Document type: Sale
Year: 1451
Scribe: [Unknown]
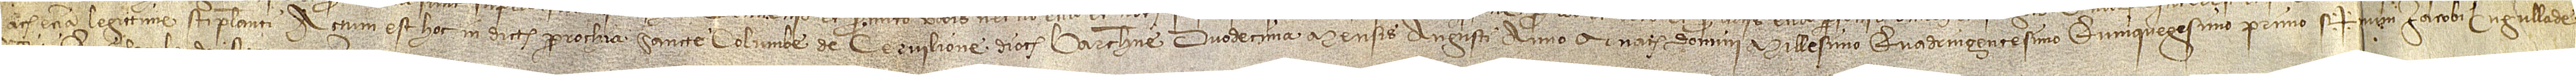
ac etiam legittime stipulanti. Actum est hoc in dicta parrochia Sancte Columbe de Cervilione, diocesis Barchinone, duodecima mensis augusti, anno a Nativitate Domini millesimo quadringentesimo quinquegesimo primo. Sig+num Iacobi Cugullade